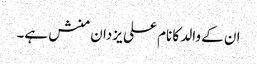
ان کے والد کا نام علی یزدان منش ہے۔